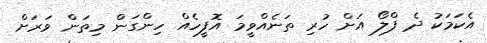
އެކަމަކު ދެ ފްލޯ އަށް ހުރި ތަނެއްވީމަ އޮފީހެއް ހިންގަން މިތަން ވަރަށް